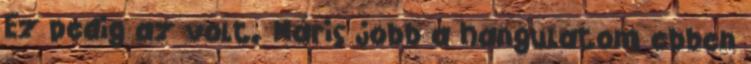
Ez pedig az volt. Máris jobb a hangulatom ebben